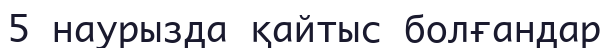
5 наурызда қайтыс болғандар